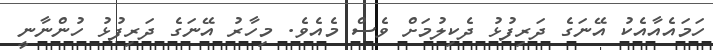
ހަމައެއާއެކު އޭނަގެ ދަރިފުޅު ދެކިލުމަށް ވެސް މެއެވެ. މިހާރު އޭނަގެ ދަރިފުޅު ހުންނާނީ